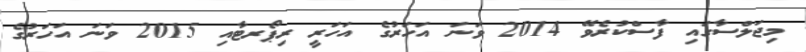
މިޖަލްސާގައި ފާސްކުރެވޭ 2014 ވަނަ އަހަރުގެ އަހަރީ ރިޕޯރޓާއި 2015 ވަނަ އަހަރުގެ